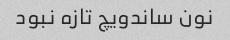
نون ساندویچ تازه نبود